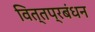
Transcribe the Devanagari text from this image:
वित्तप्रबंधन